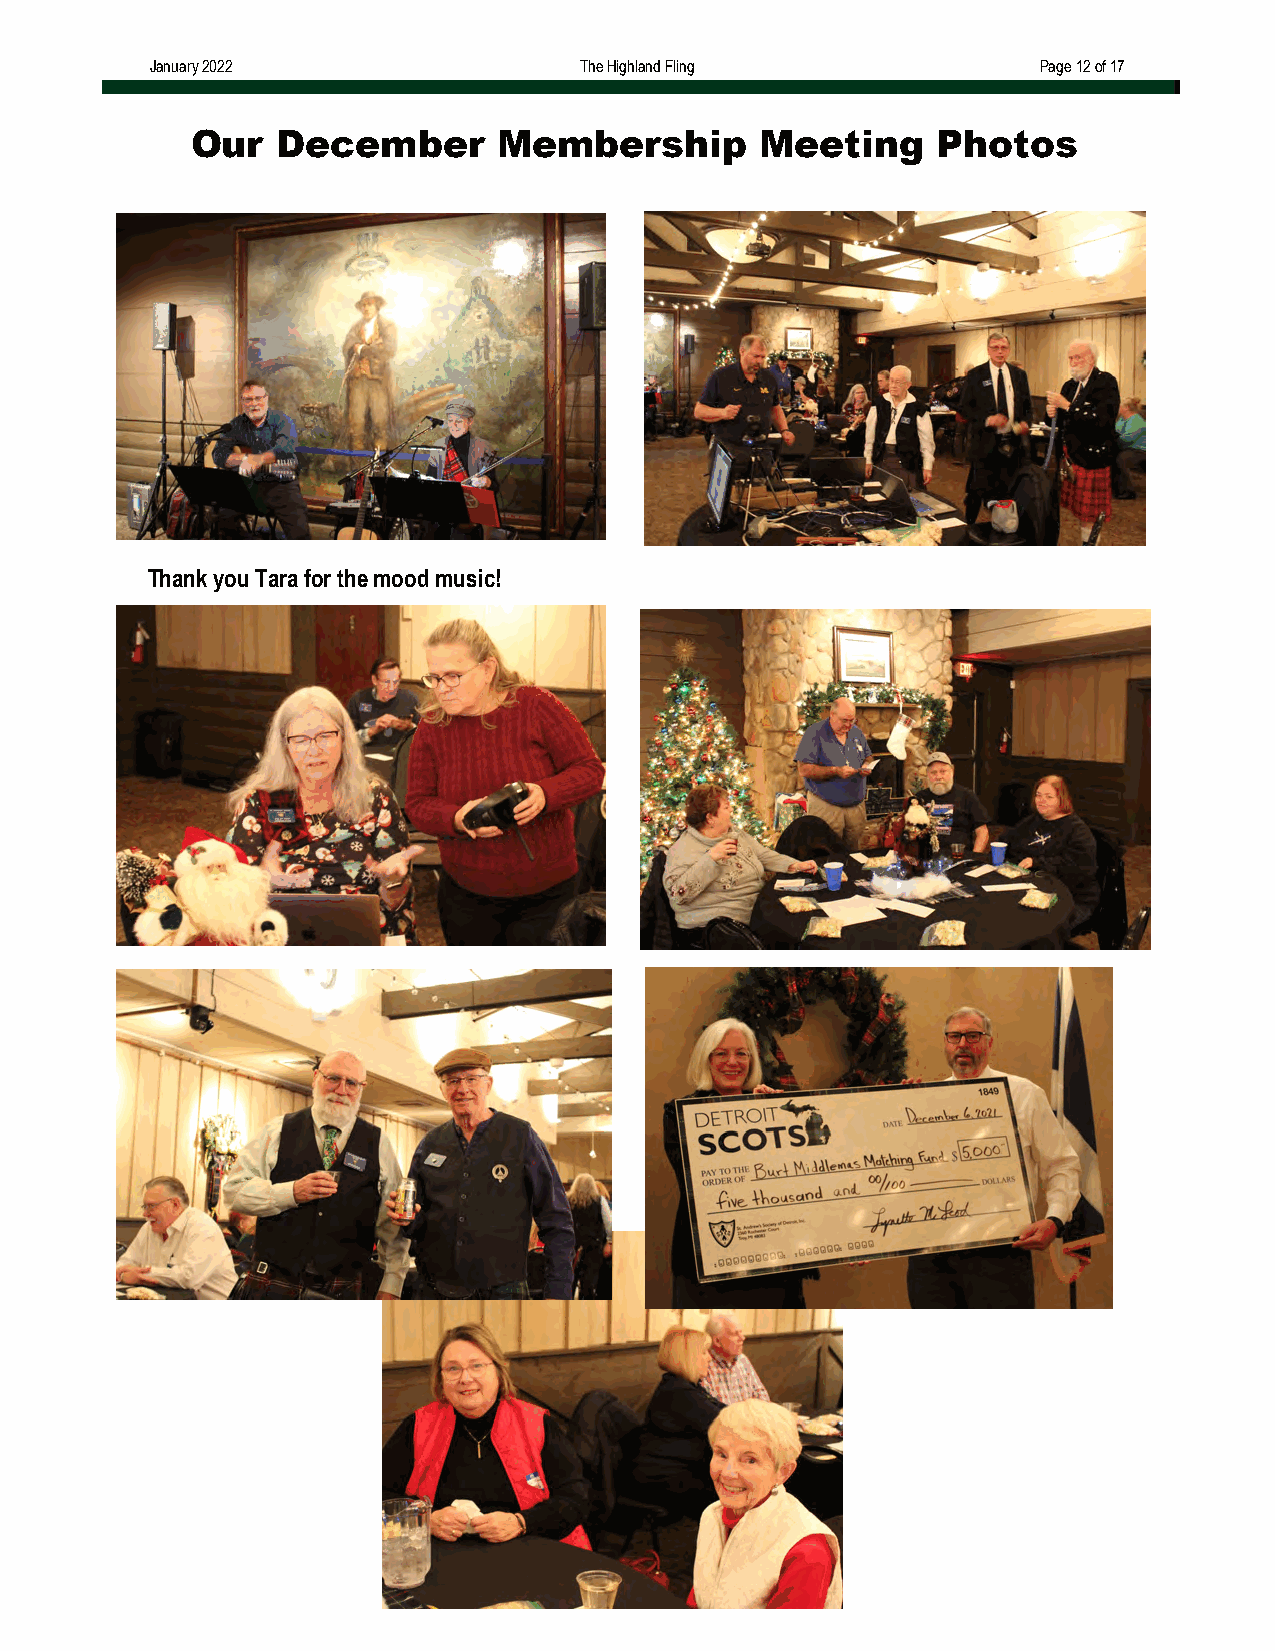
January 2022                The Highland Fling             Page 12 of 17
 Our  December       Membership       Meeting     Photos
 Thank you Tara for the mood music!